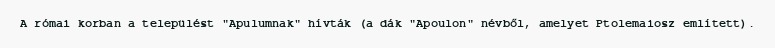
A római korban a települést "Apulumnak" hívták (a dák "Apoulon" névből, amelyet Ptolemaiosz említett).